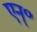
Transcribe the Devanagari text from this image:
एन्॰